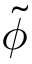
\tilde { \phi }